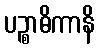
ပဉ္စာဓိကာနိ